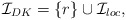
\begin{align*} \mathcal{I}_{DK}=\{r\}\cup \mathcal{I}_{loc},\end{align*}